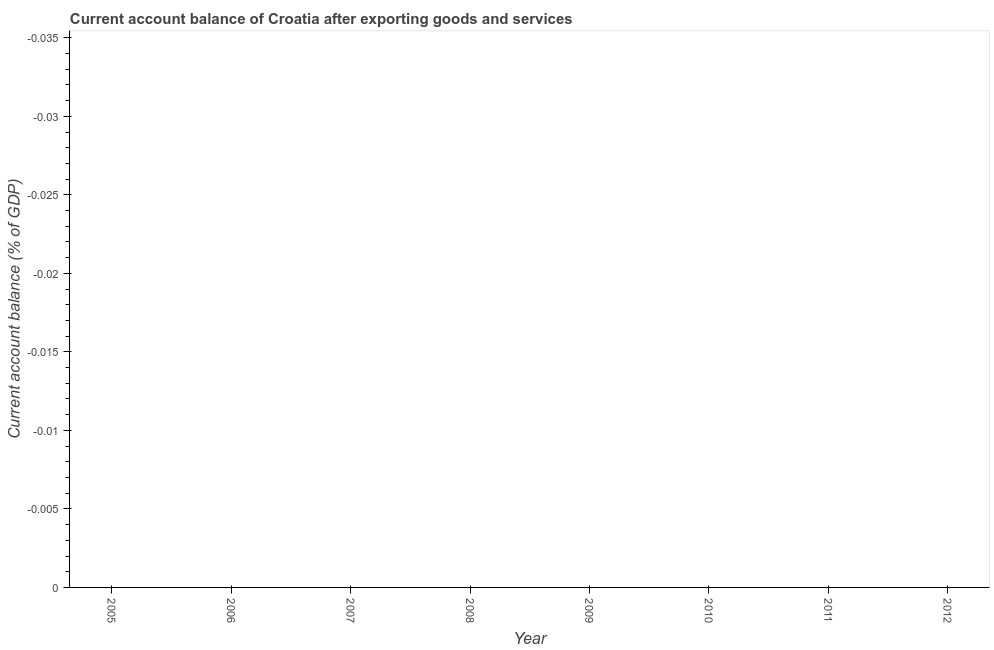
| Year | Current account balance |
 | --- | --- |
 | 2005 | -5.42 |
 | 2006 | -6.36 |
 | 2007 | -7.2 |
 | 2008 | -8.62 |
 | 2009 | -4.88 |
 | 2010 | -1.51 |
 | 2011 | -0.651 |
 | 2012 | -0.444 |